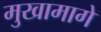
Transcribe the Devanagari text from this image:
मुखामागे